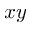
x y